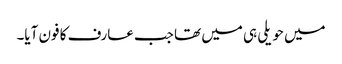
میں حویلی ہی میں تھا جب عارف کا فون آیا۔